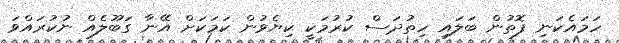
ހަމައެކަނި ފޮތުން ބަލައި ހިތުދަސް ކުރުމަކީ ކިޔެވުން ކަމަކަށް އޭނާ ގަބޫލެއް ނުކުރައްވަ